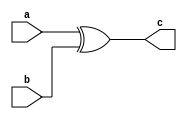
module xor_gate(
    input a,
    input b,
    output c
);

assign c = a ^ b;

endmodule